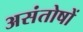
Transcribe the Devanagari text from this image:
असंतोषों